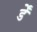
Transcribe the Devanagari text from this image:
र्डें